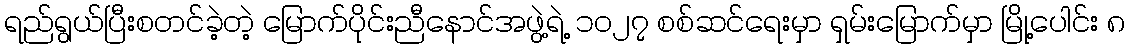
ရည်ရွယ်ပြီးစတင်ခဲ့တဲ့ မြောက်ပိုင်းညီနောင်အဖွဲ့ရဲ့ ၁၀၂၇ စစ်ဆင်ရေးမှာ ရှမ်းမြောက်မှာ မြို့ပေါင်း ၈